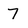
Character: 7